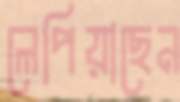
লেপিয়াছেন